Aleksander_Warma, lk 13
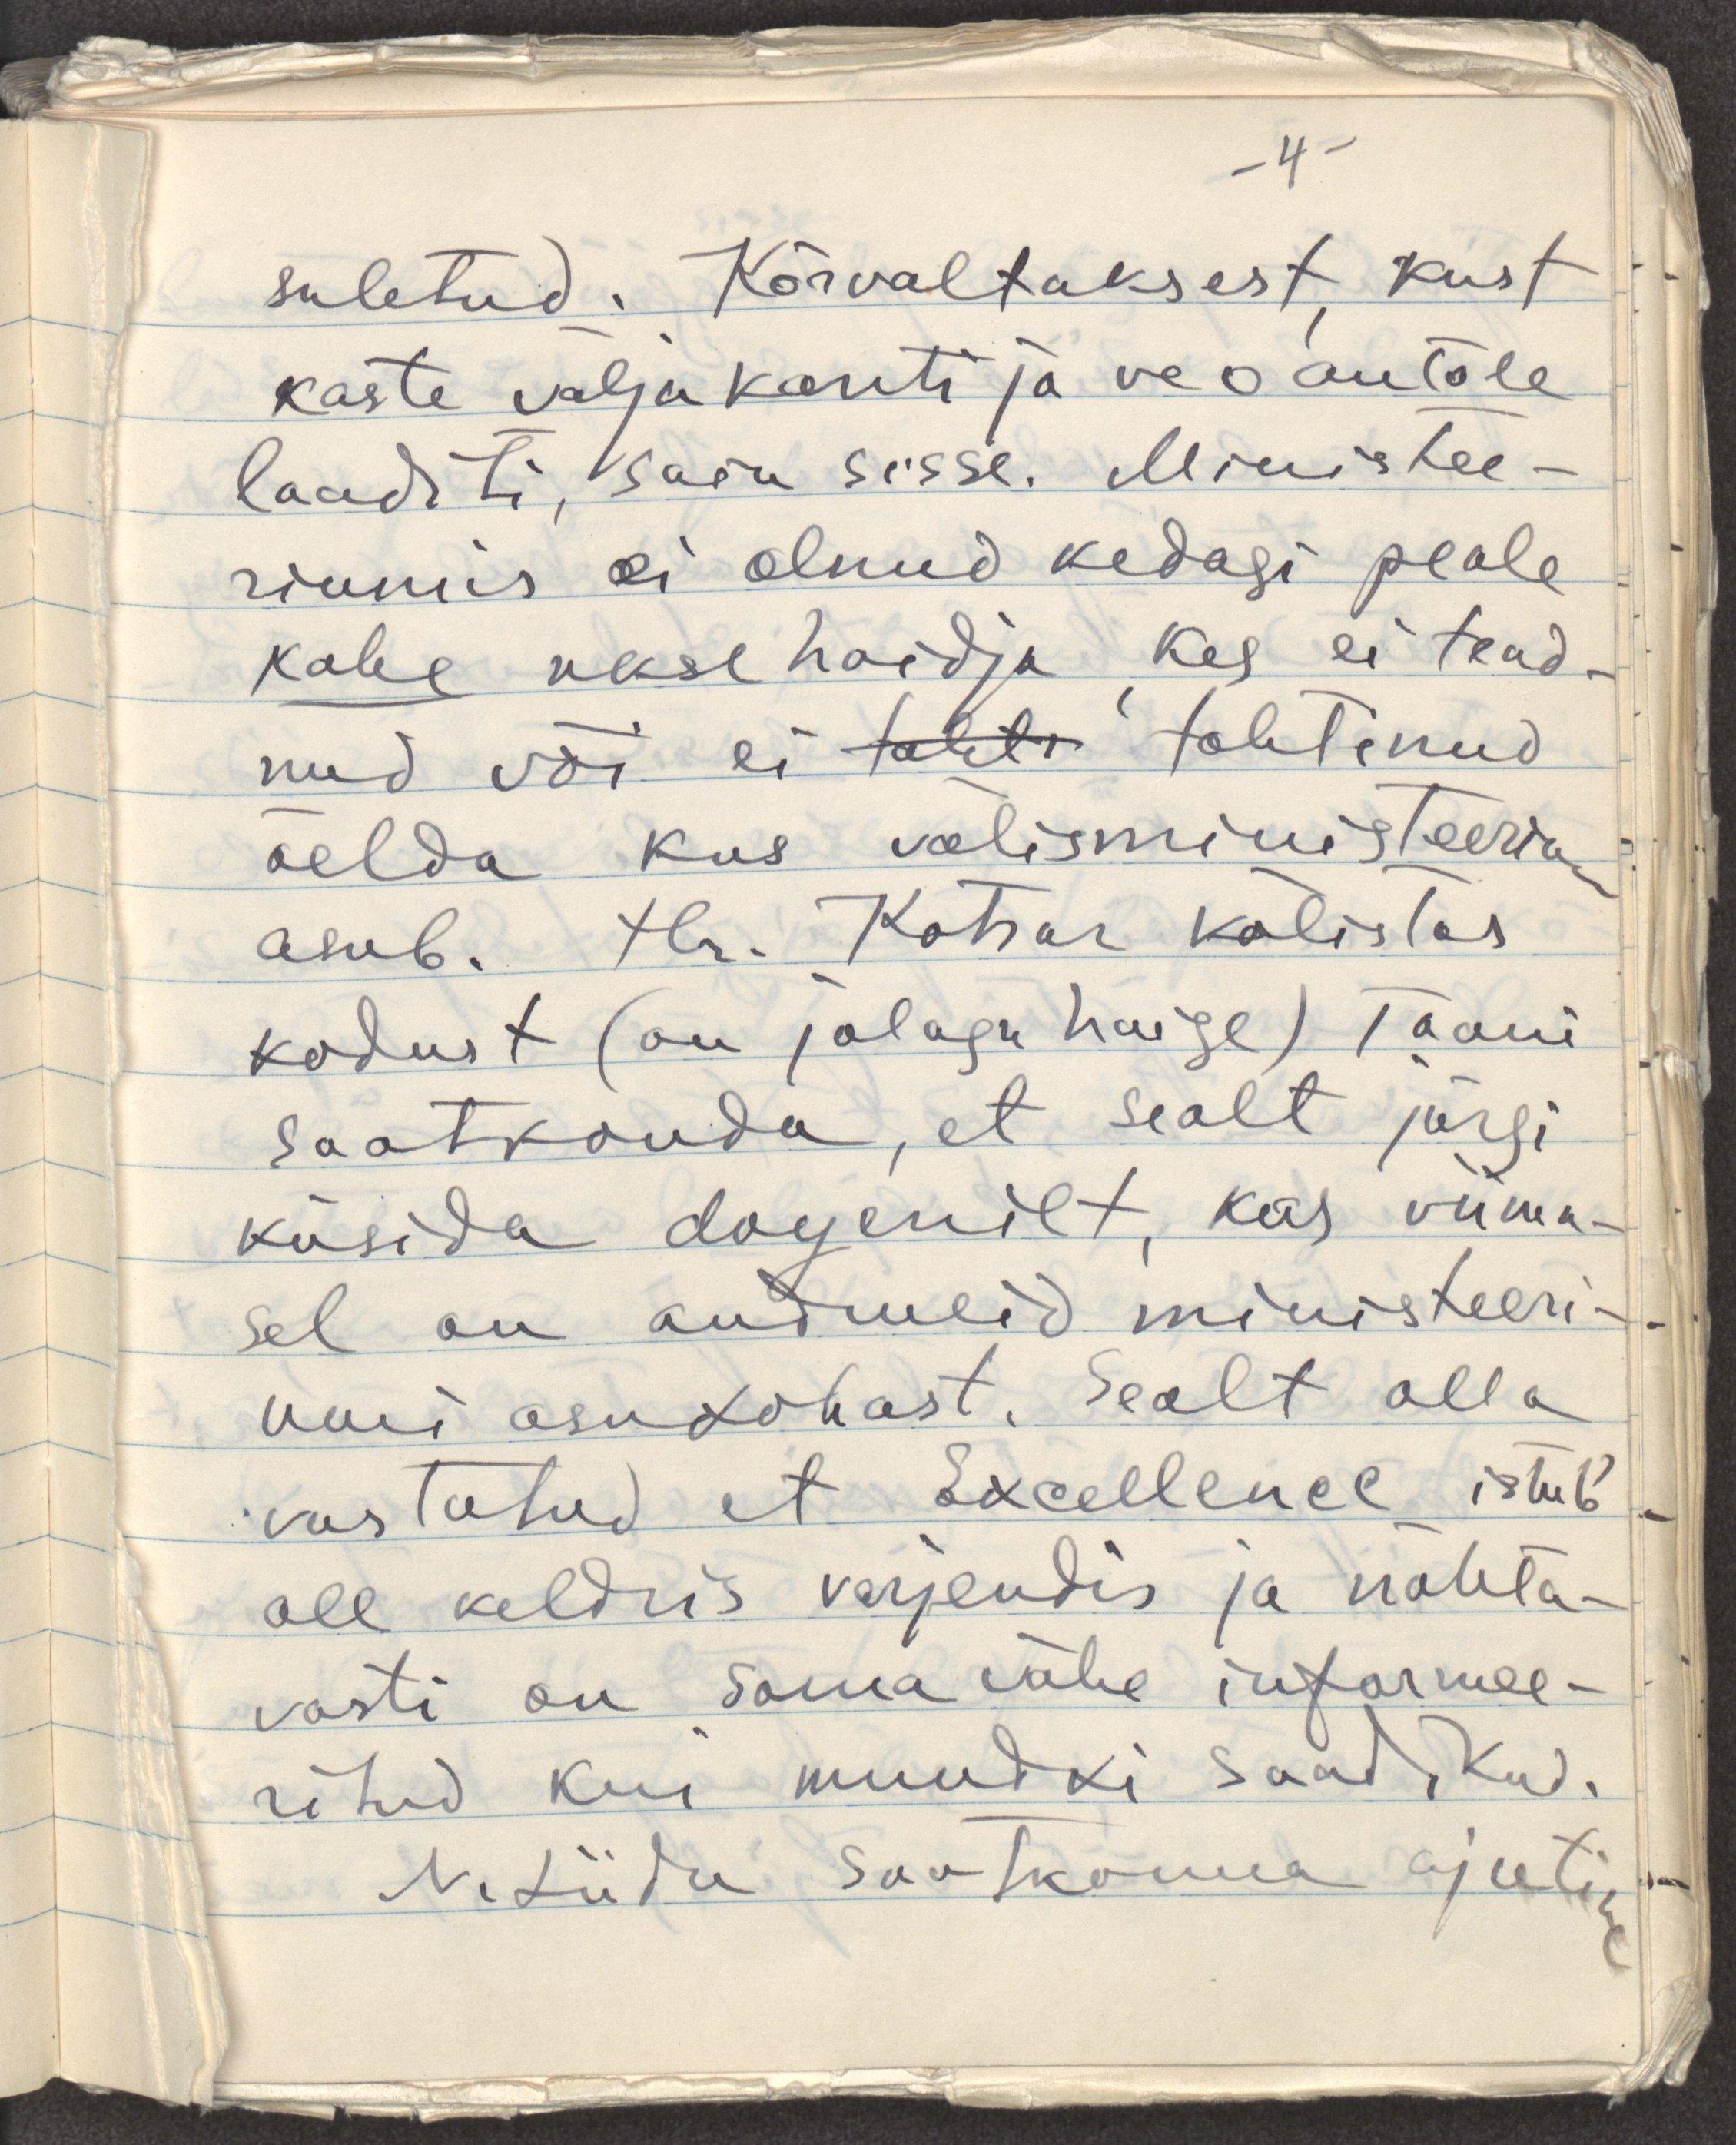
suletud. Kõrvaltuksest kust
kaste välja kanti ja veoautole
laaditi, sain sisse. Ministee-
riumis ei olnud kedagi peale
kahe uksehoidja, kes ei tead-
nud või ei taht tohtinud
öelda kus välisministeerium
asub. Hr. Kotsar kõlistas
kodust (on jalaga haige) Taani
saatkonda, et sealt järgi
küsida doyenilt kas viima-
sel on andmeid ministeeri-
umi asukohast. Sealt olla 
vastatud, et Excellence istub
all keldris varjendis ja nähta-
vasti on samavähe informee-
ritud kui muudki saadikud.
N. Liidu saatkonna ajutine